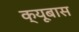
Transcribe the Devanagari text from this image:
क्यूबास